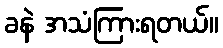
ခနဲ အသံကြားရတယ်။